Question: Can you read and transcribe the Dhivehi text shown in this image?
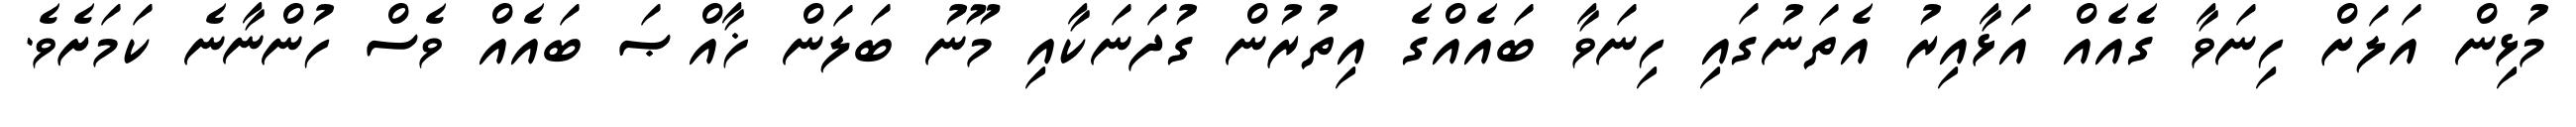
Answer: މުޅިން އަލަށް ހިނަވާ ގެއެއް އަޅާއިރު އެތަނުގައި ހިނަވާ ބައެއްގެ އިތުރުން ގުދަނަކާއި މޫނު ބަލަން ޚާއްޞަ ބައެއް ވެސް ހުންނާނެ ކަމަށެވެ.